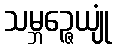
သမ္ဘဉ္ဇေယျုံ